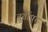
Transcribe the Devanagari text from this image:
तुर्तीपुर